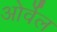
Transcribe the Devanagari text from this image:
ओर्वेल